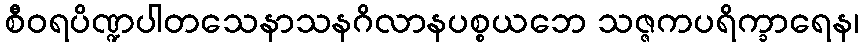
စီဝရပိဏ္ဍပါတသေနာသနဂိလာနပစ္စယဘေ သဇ္ဇကပရိက္ခာရေန၊